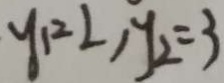
y _ { 1 } = 2 , y _ { 2 } = 3